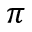
\pi